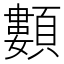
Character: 䫫